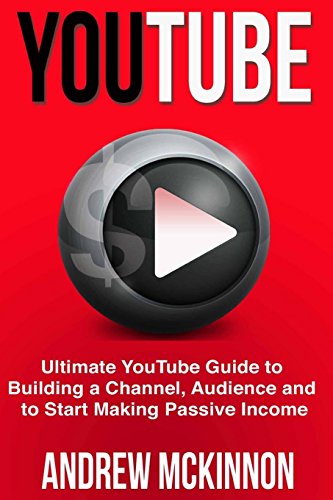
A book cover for YouTube: Ultimate YouTube Guide To Building A Channel, Audience And To Start Mak; Andrew Mckinnon; Computers & Technology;